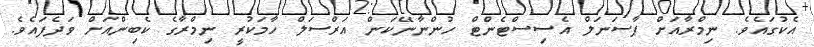
އެކުގައެވެ. ނިމްރާއަށް ޕާސަނަލް އެސިސްޓެންޓް ހުންނާނޭކަން އަރްސަލް ހާމަކުރީ ނިމްރާގެ ކެބިންއަށް ވަދެފައެވެ.